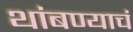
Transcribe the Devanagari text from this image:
थांबण्याचं